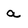
Character: a